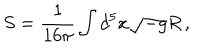
S = \frac { 1 } { 1 6 \pi } \int d ^ { 5 } x \sqrt { - g } R \, ,